Scottish Certificate of Education, 1963
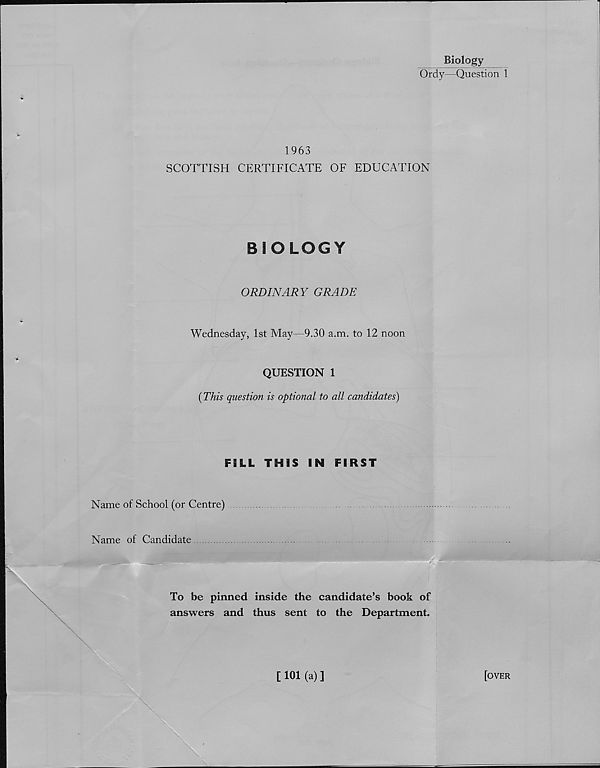
Biology
Ordy—Question 1
1963
SCOTTISH CERTIFICATE OF EDUCATION
BIOLOGY
ORDINARY GRADE
Wednesday, 1st May—9.30 a.m. to 12 noon
QUESTION 1
(This question is optional to all candidates)
FiLL THIS IN FIRST
Name of School (or Centre)
Name of Candidate
To be pinned inside the candidate’s book of
answers and thus sent to the Department.
[ 101 (a) ]
[over